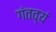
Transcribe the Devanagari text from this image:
गंतव्यं